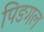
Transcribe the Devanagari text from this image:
पिङगल